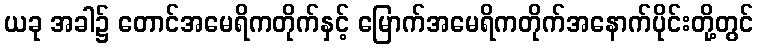
ယခု အခါ၌ တောင်အမေရိကတိုက်နှင့် မြောက်အမေရိကတိုက်အနောက်ပိုင်းတို့တွင်